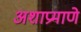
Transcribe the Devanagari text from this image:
अशाप्रमाणे